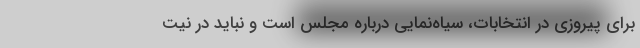
برای پیروزی در انتخابات، سیاه‌نمایی درباره مجلس است و نباید در نیت